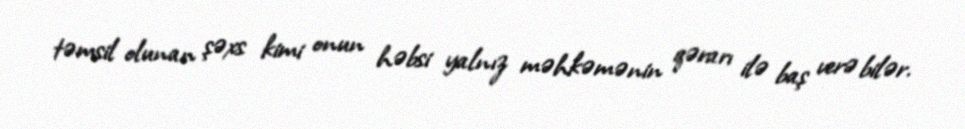
təmsil olunan şəxs kimi onun həbsi yalnız məhkəmənin qərarı ilə baş verə bilər.